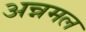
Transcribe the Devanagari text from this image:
अन्नमल